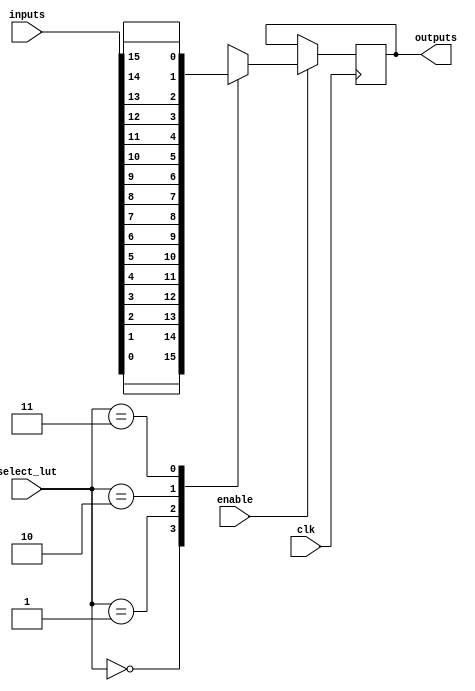
module CLB (
    input wire [15:0] inputs,        // 16 input pins
    input wire [1:0] select_lut,     // Select signal for LUT outputs
    input wire clk,                   // Clock signal for flip-flops
    input wire enable,                // Enable signal for the CLB
    output wire [3:0] outputs         // 4 output pins
);

// LUTs - 4 LUTs with 4 inputs each (for simplicity)
reg [15:0] lut0, lut1, lut2, lut3;

// Flip-Flops for storing intermediate results
reg [3:0] ff_out;

// LUT functionality (example truth tables)
always @(*) begin
    if (enable) begin
        lut0 = {inputs[0], inputs[1], inputs[2], inputs[3]}; // Example LUT0
        lut1 = {inputs[4], inputs[5], inputs[6], inputs[7]}; // Example LUT1
        lut2 = {inputs[8], inputs[9], inputs[10], inputs[11]}; // Example LUT2
        lut3 = {inputs[12], inputs[13], inputs[14], inputs[15]}; // Example LUT3
    end else begin
        lut0 = 0;
        lut1 = 0;
        lut2 = 0;
        lut3 = 0;
    end
end

// Multiplexer to select output based on select_lut signal
always @(*) begin
    case (select_lut)
        2'b00: ff_out = lut0[3:0]; // Select output from LUT0
        2'b01: ff_out = lut1[3:0]; // Select output from LUT1
        2'b10: ff_out = lut2[3:0]; // Select output from LUT2
        2'b11: ff_out = lut3[3:0]; // Select output from LUT3
        default: ff_out = 4'b0000;  // Default case
    endcase
end

// Flip-Flops to store the selected output
always @(posedge clk) begin
    if (enable) begin
        outputs <= ff_out; // Store selected output in outputs
    end
end

endmodule